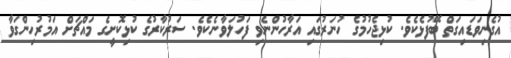
އުގެނިވަޑައިގަތް ބޭފުޅެކެވެ. ކުޅިޖެހުމުގެ ހުނަރުގައި އަރާހުންނެވި ފަހުލަވާނެކެވެ. ސަރުކާރުގެ ކުޅިކޮށީގެ މައްޗަށް އަމުރުހިންގަވާ